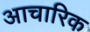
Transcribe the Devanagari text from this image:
आचारिक